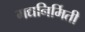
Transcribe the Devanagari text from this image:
मद्यनिर्मिती